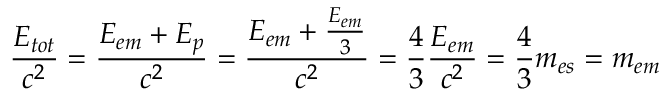
{ \frac { E _ { t o t } } { c ^ { 2 } } } = { \frac { E _ { e m } + E _ { p } } { c ^ { 2 } } } = { \frac { E _ { e m } + { \frac { E _ { e m } } { 3 } } } { c ^ { 2 } } } = { \frac { 4 } { 3 } } { \frac { E _ { e m } } { c ^ { 2 } } } = { \frac { 4 } { 3 } } m _ { e s } = m _ { e m }